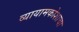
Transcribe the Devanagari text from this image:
व्यायामकोशाचा